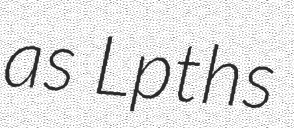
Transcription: as Lpths